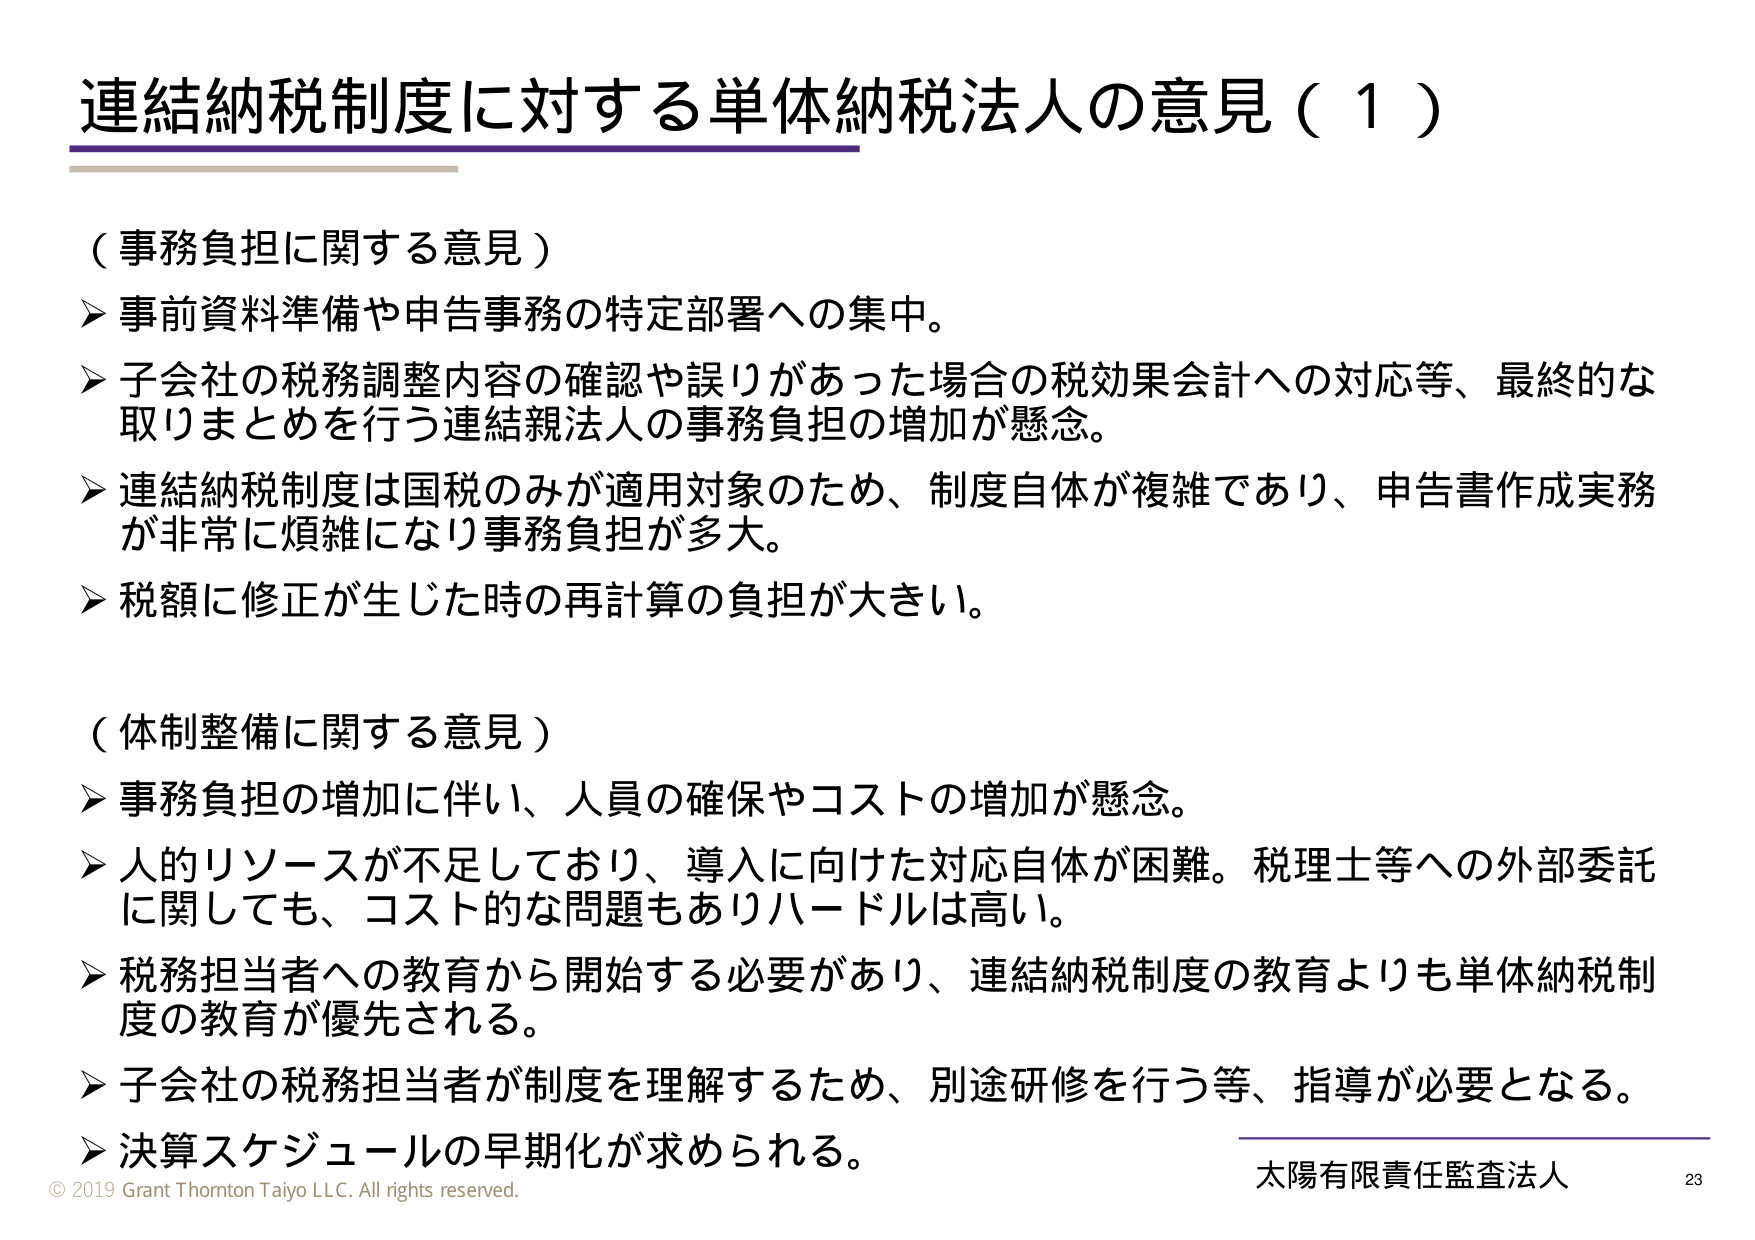
連結納税制度に対する単体納税法人の意見（１）

（事務負担に関する意見）
➤ 事前資料準備や申告事務の特定部署への集中。
➤ 子会社の税務調整内容の確認や誤りがあった場合の税効果会計への対応等、最終的な取りまとめを行う連結親法人の事務負担の増加が懸念。
➤ 連結納税制度は国税のみが適用対象のため、制度自体が複雑であり、申告書作成実務が非常に煩雑になり事務負担が多大。
➤ 税額に修正が生じた時の再計算の負担が大きい。

（体制整備に関する意見）
➤ 事務負担の増加に伴い、人員の確保やコストの増加が懸念。
➤ 人的リソースが不足しており、導入に向けた対応自体が困難。税理士等への外部委託に関しても、コスト的な問題もありハードルは高い。
➤ 税務担当者への教育から開始する必要があり、連結納税制度の教育よりも単体納税制度の教育が優先される。
➤ 子会社の税務担当者が制度を理解するため、別途研修を行う等、指導が必要となる。
➤ 決算スケジュールの早期化が求められる。

© 2019 Grant Thornton Taiyo LLC. All rights reserved.
太陽有限責任監査法人 23